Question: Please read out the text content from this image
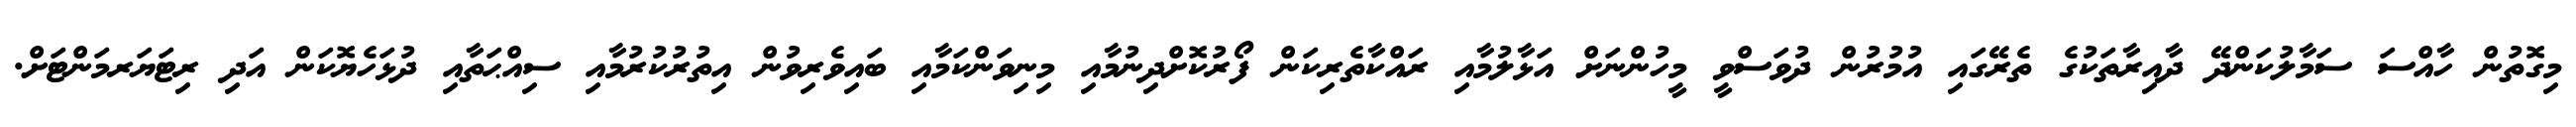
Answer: މިގޮތުން ހާއްސަ ސަމާލުކަންދޭ ދާއިރާތަކުގެ ތެރޭގައި އުމުރުން ދުވަސްވީ މީހުންނަށް އަޅާލުމާއި ރައްކާތެރިކަން ފޯރުކޮށްދިނުމާއި މިނިވަންކަމާއި ބައިވެރިވުން އިތުރުކުރުމާއި ސިއްޙަތާއި ދުޅަހެޔޮކަން އަދި ރިޓަޔަރމަންޓަށް.